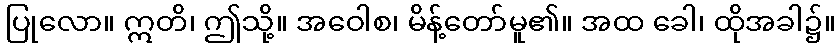
ပြုလော။ ဣတိ၊ ဤသို့။ အဝေါစ၊ မိန့်တော်မူ၏။ အထ ခေါ၊ ထိုအခါ၌။